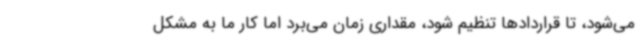
می‌شود، تا قراردادها تنظیم شود، مقداری زمان می‌برد اما کار ما به مشکل